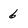
Character: 6